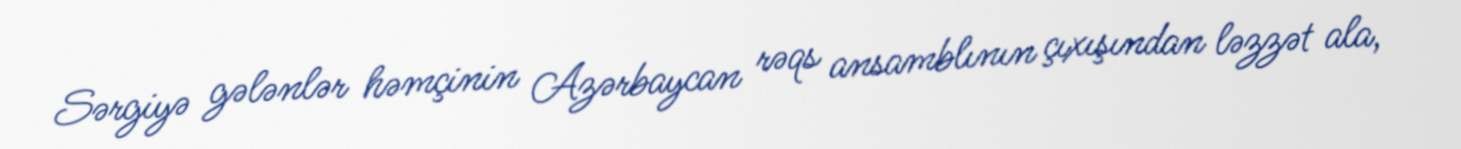
Sərgiyə gələnlər həmçinin Azərbaycan rəqs ansamblının çıxışından ləzzət ala,